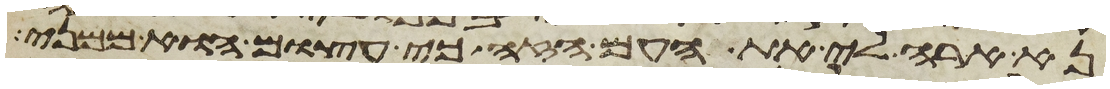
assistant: נא ארה לי את העם הזה כי עצום הוא ממני